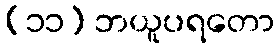
(၁၁) ဘယူပရတော